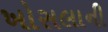
ખોસલાની